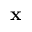
\mathbf { x }